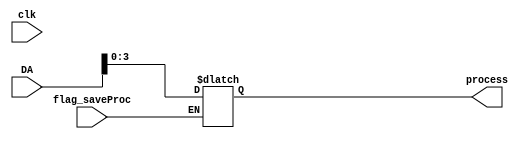
/*Modulo que armazena o valor do processo corrente
sempre referenciado pelo registardor 26
*/

module PID_BUFFER (clk, DA, flag_saveProc, process);
	input clk;
	input [31:0] DA;
	reg [3:0] buffer; //buffer que armazena o processo corrente
	input flag_saveProc; //flag vindo das UC que indica que e uma instrucao de saveProc
	output reg [3:0] process;
	
	always @(clk) begin 
	
		if(flag_saveProc)
			buffer<= DA; // vindo do registrador 26
			
		process <=buffer; //valor do processo corrente;
	end
	
endmodule